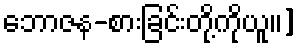
ဘောဇန-စားခြင်းတို့ကိုယူ၊၊]